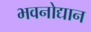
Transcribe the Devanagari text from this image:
भवनोद्यान